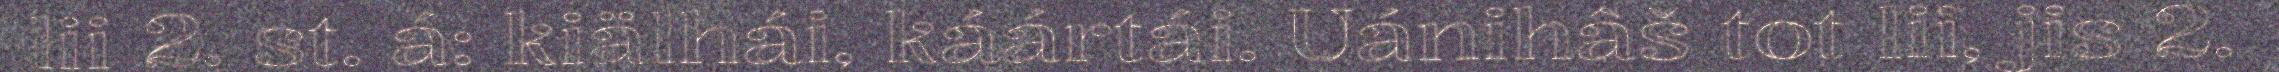
lii 2. st. á: kiälhái, káártái. Uánihâš tot lii, jis 2.